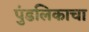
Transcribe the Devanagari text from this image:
पुंडलिकाचा